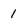
Character: 1